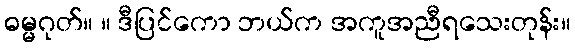
ဓမ္မဂုတ်။ ။ ဒီပြင်ကော ဘယ်က အကူအညီရသေးတုန်း။